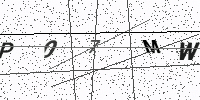
Text: P07MW